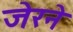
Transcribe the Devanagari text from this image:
जेरने